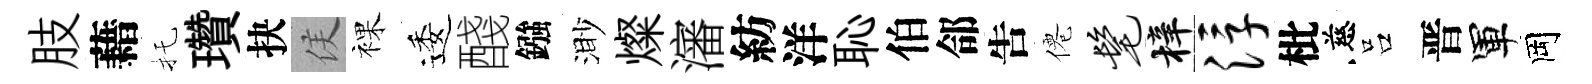
肢藉托瓚抉侯裸逶醆鏹渺燦瀋紡洋恥伯郃吿僊髦梓浮枇慈吕晋軍岡